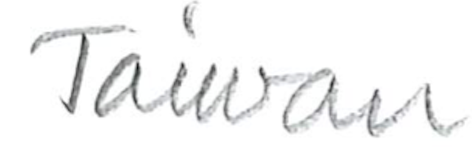
Text: Taiwan
Cross-out: clean
Writing tool: pencil